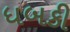
ધબકી